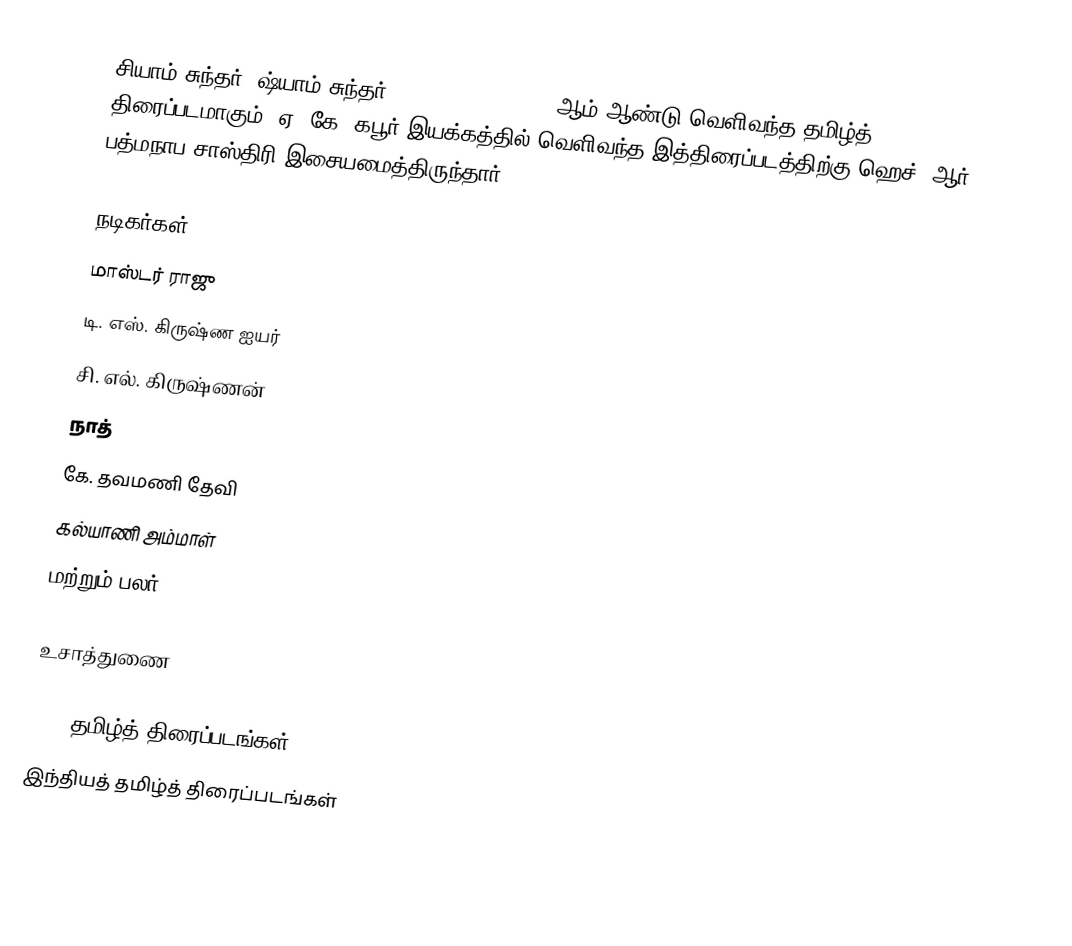
சியாம் சுந்தர் (ஷ்யாம் சுந்தர், Shyam Sundar) 1940 ஆம் ஆண்டு வெளிவந்த தமிழ்த் திரைப்படமாகும். ஏ. கே. கபூர் இயக்கத்தில் வெளிவந்த இத்திரைப்படத்திற்கு ஹெச். ஆர். பத்மநாப சாஸ்திரி இசையமைத்திருந்தார்.

நடிகர்கள்
 மாஸ்டர் ராஜு
 டி. எஸ். கிருஷ்ண ஐயர்
 சி. எல். கிருஷ்ணன்
 நாத்
 கே. தவமணி தேவி
 கல்யாணி அம்மாள்
 மற்றும் பலர்.

உசாத்துணை

1940 தமிழ்த் திரைப்படங்கள்
இந்தியத் தமிழ்த் திரைப்படங்கள்